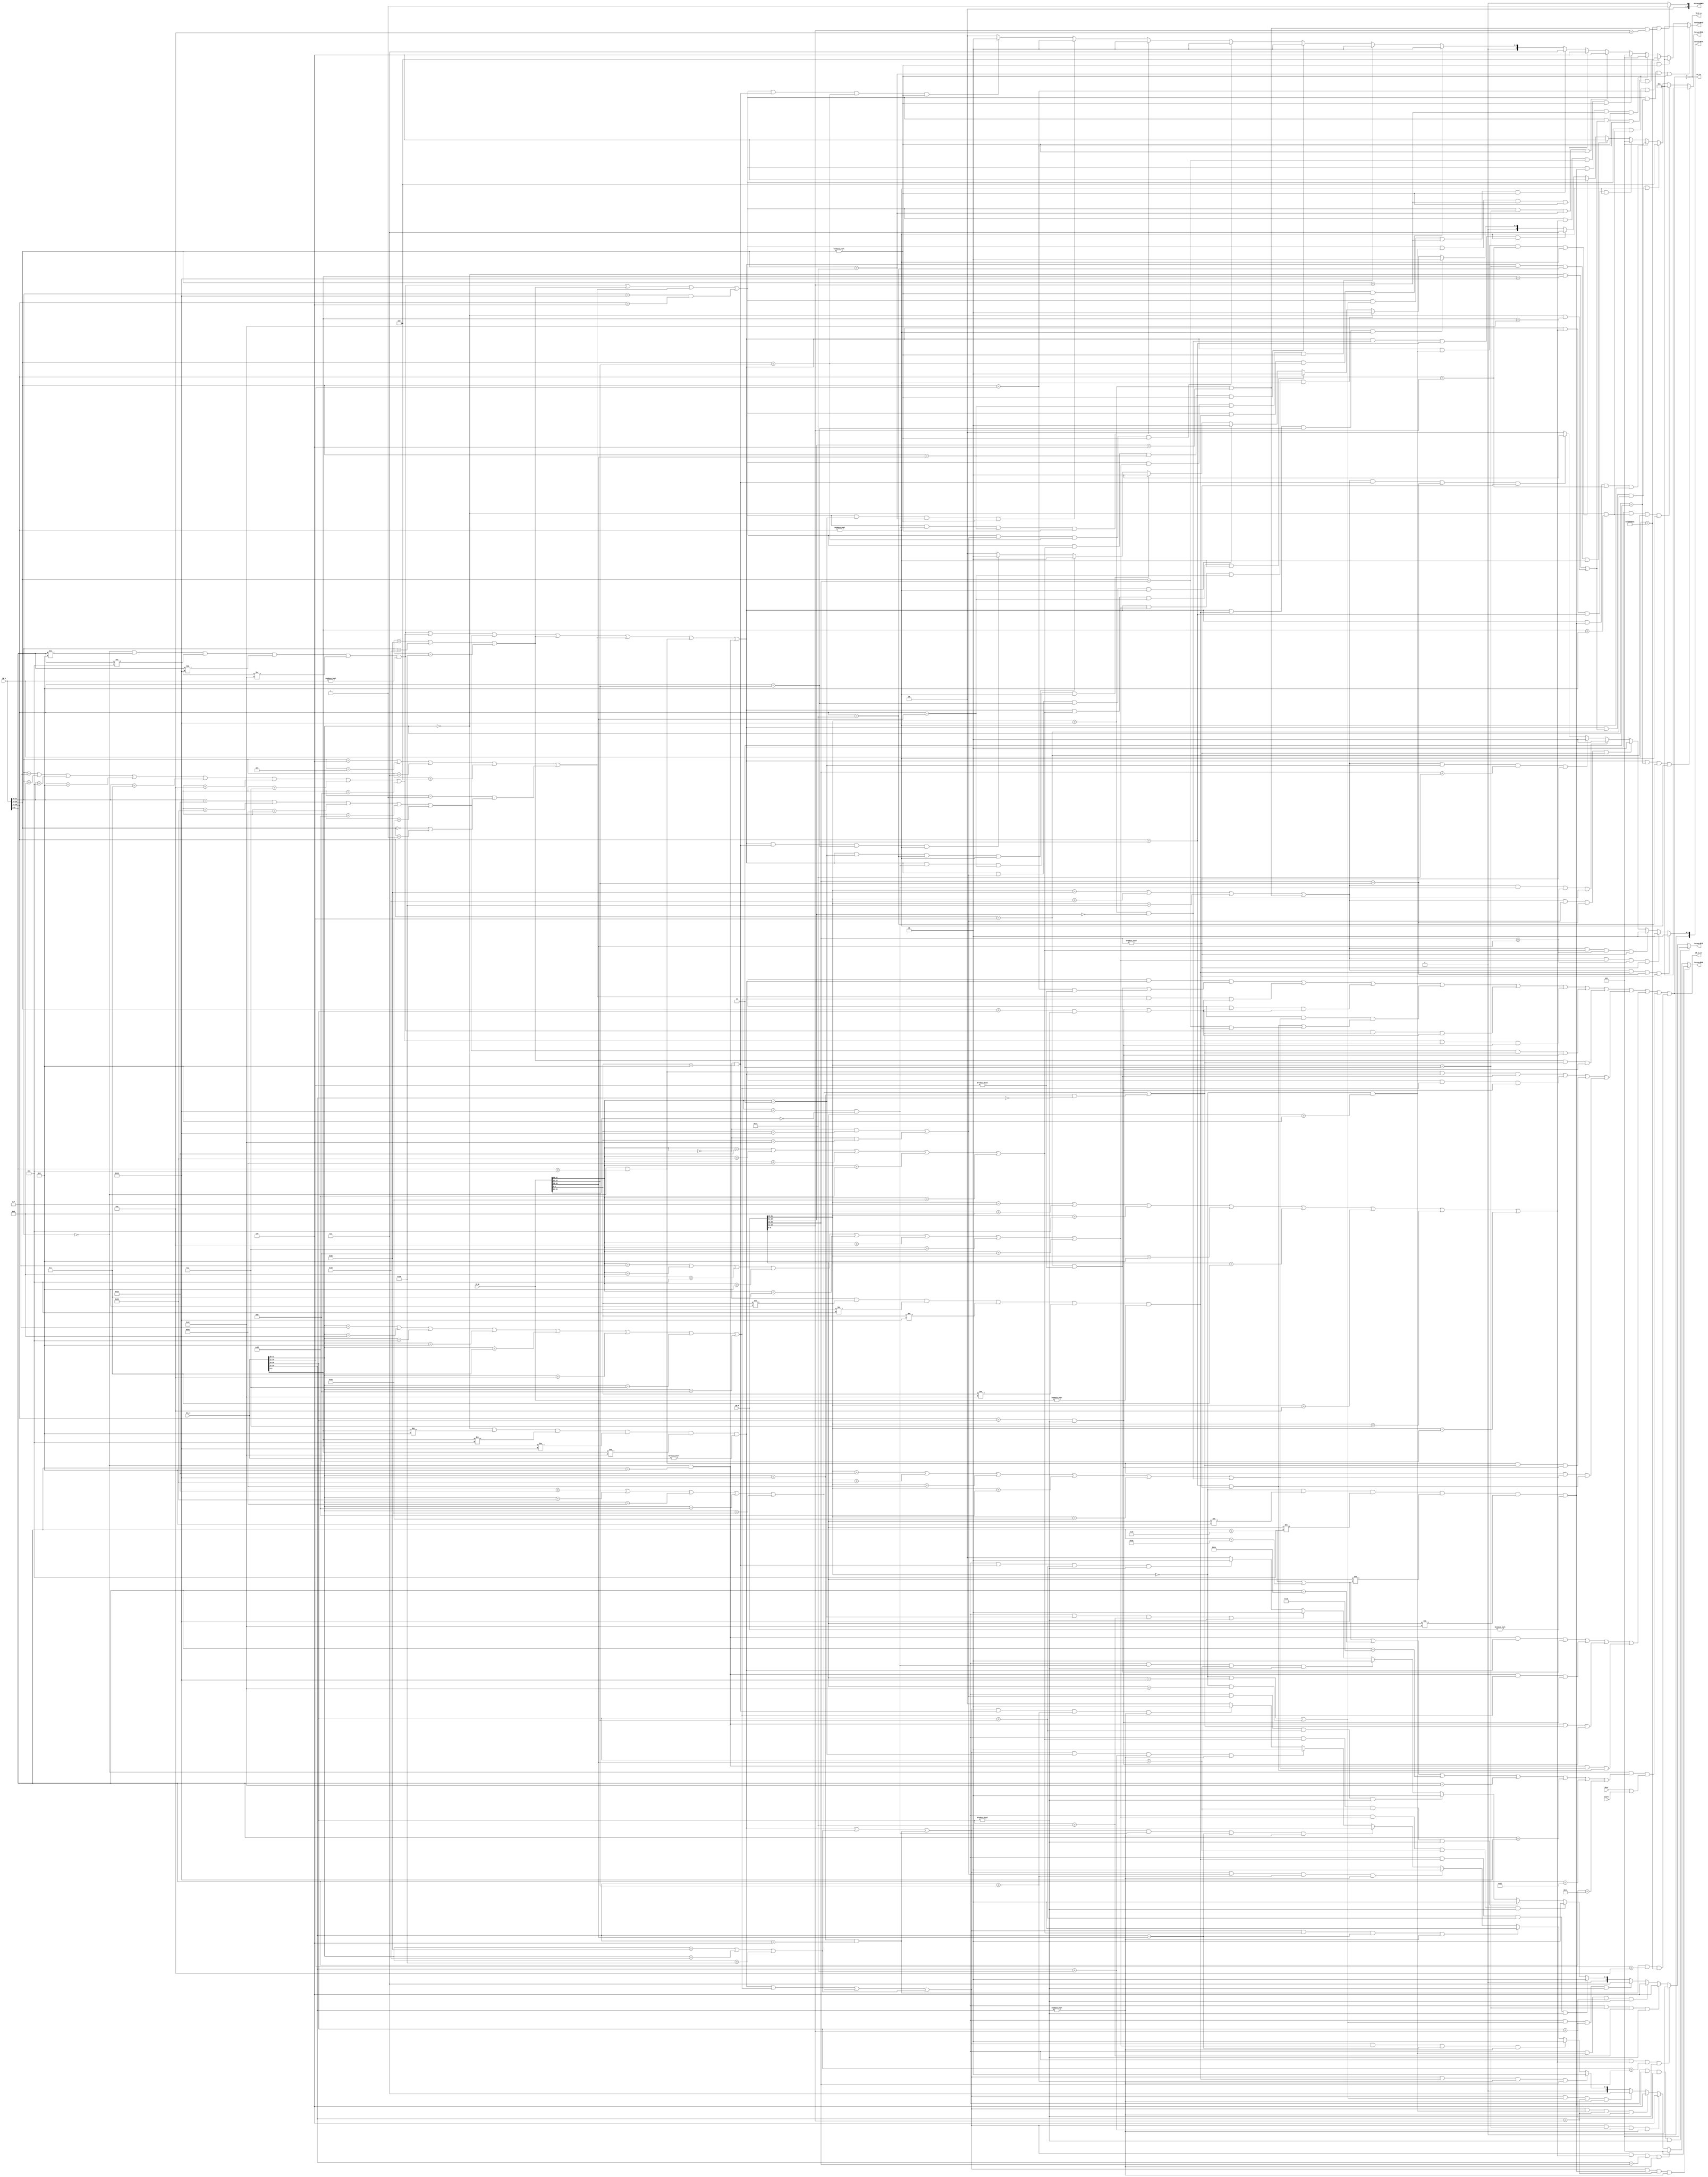
`timescale 1ns / 1ps
//////////////////////////////////////////////////////////////////////////////////
// Company: 
// Engineer: 
// 
// Design Name: 
// Module Name:    hazardUnit 
// Project Name: 
// Target Devices: 
// Tool versions: 
// Description: 
//
// Dependencies: 
//
// Revision: 
// Revision 0.01 - File Created
// Additional Comments: 
//
//////////////////////////////////////////////////////////////////////////////////
module hazardUnit(
	 input [31:0] IR_D,
	 input [31:0] IR_E,
	 input [31:0] IR_M,
	 input [31:0] IR_W,
	 input Busy,
	 input start,
	 output IR_D_en,
	 output IR_E_clr,
	 output PC_en,
	 output [2:0]ForwardRSD,	
	 output [2:0]ForwardRTD,
	 output [2:0]ForwardRSE,	
	 output [2:0]ForwardRTE,	
	 output [2:0]ForwardRTM,
	 output [2:0]ForwardERET
    );
	
	`define op 31:26
	`define rs 25:21
	`define rt 20:16
	`define rd 15:11
	`define shamt 10:6
	`define func 5:0
	`define imm16 15:0
	
	`define R 6'b000000
	`define lw 6'b100011
	`define lb 6'b100000
	`define lbu 6'b100100
	`define lh 6'b100001
	`define lhu 6'b100101
	`define sw 6'b101011
	`define sb 6'b101000
	`define sh 6'b101001
	`define lui 6'b001111
	`define ori 6'b001101
	`define andi 6'b001100
	`define xori 6'b001110
	`define addi 6'b001000
	`define addiu 6'b001001
	`define slti 6'b001010
	`define sltiu 6'b001011
	`define beq 6'b000100
	`define bne 6'b000101
	`define bgtz 6'b000111
	`define blez 6'b000110
	`define jal 6'b000011
	`define addu 6'b100001
	`define add 6'b100000 
	`define subu 6'b100011
	`define sub 6'b100010
	`define and_ 6'b100100
	`define or_ 6'b100101
	`define xor_ 6'b100110
	`define nor_ 6'b100111
	`define sll 6'b000000
	`define srl 6'b000010
	`define sra 6'b000011
	`define sllv 6'b000100
	`define srlv 6'b000110
	`define srav 6'b000111
	`define jr 6'b001000
	`define jalr 6'b001001
	`define mult 6'b011000
	`define multu 6'b011001
	`define div 6'b011010
	`define divu 6'b011011 
	`define mfhi 6'b010000
	`define mflo 6'b010010
	`define mthi 6'b010001
	`define mtlo 6'b010011
	`define slt	6'b101010
	`define sltu 6'b101011
	
	`define cal_r_D (IR_D[`op]==`R&&IR_D[`func]!=`jalr&&IR_D[`func]!=`jr&&IR_D[`func]!=`mfhi&&IR_D[`func]!=`mflo&&IR_D!=0)
	`define cal_r_E (IR_E[`op]==`R&&IR_E[`func]!=`jalr&&IR_E[`func]!=`jr&&IR_E[`func]!=`mfhi&&IR_E[`func]!=`mflo&&IR_E!=0)
	`define cal_r_M (IR_M[`op]==`R&&IR_M[`func]!=`jalr&&IR_M[`func]!=`jr&&IR_M[`func]!=`mfhi&&IR_M[`func]!=`mflo&&IR_M!=0)
	`define cal_r_W (IR_W[`op]==`R&&IR_W[`func]!=`jalr&&IR_W[`func]!=`jr&&IR_W[`func]!=`mfhi&&IR_W[`func]!=`mflo&&IR_W!=0)
	
	`define cal_i_D (IR_D[`op]==`lui||IR_D[`op]==`ori||IR_D[`op]==`addi||IR_D[`op]==`addiu||IR_D[`op]==`andi||IR_D[`op]==`xori||IR_D[`op]==`slti||IR_D[`op]==`sltiu)
	`define cal_i_E (IR_E[`op]==`lui||IR_E[`op]==`ori||IR_E[`op]==`addi||IR_E[`op]==`addiu||IR_E[`op]==`andi||IR_E[`op]==`xori||IR_E[`op]==`slti||IR_E[`op]==`sltiu)
	`define cal_i_M (IR_M[`op]==`lui||IR_M[`op]==`ori||IR_M[`op]==`addi||IR_M[`op]==`addiu||IR_M[`op]==`andi||IR_M[`op]==`xori||IR_M[`op]==`slti||IR_M[`op]==`sltiu)
	`define cal_i_W (IR_W[`op]==`lui||IR_W[`op]==`ori||IR_W[`op]==`addi||IR_W[`op]==`addiu||IR_W[`op]==`andi||IR_W[`op]==`xori||IR_W[`op]==`slti||IR_W[`op]==`sltiu)
	
	`define load_D (IR_D[`op]==`lw||IR_D[`op]==`lb||IR_D[`op]==`lbu||IR_D[`op]==`lh||IR_D[`op]==`lhu)
	`define load_E (IR_E[`op]==`lw||IR_E[`op]==`lb||IR_E[`op]==`lbu||IR_E[`op]==`lh||IR_E[`op]==`lhu)
	`define load_M (IR_M[`op]==`lw||IR_M[`op]==`lb||IR_M[`op]==`lbu||IR_M[`op]==`lh||IR_M[`op]==`lhu)
	`define load_W (IR_W[`op]==`lw||IR_W[`op]==`lb||IR_W[`op]==`lbu||IR_W[`op]==`lh||IR_W[`op]==`lhu)
	
	`define store_D (IR_D[`op]==`sw||IR_D[`op]==`sh||IR_D[`op]==`sb)
	`define store_E (IR_E[`op]==`sw||IR_E[`op]==`sh||IR_E[`op]==`sb)
	`define store_M (IR_M[`op]==`sw||IR_M[`op]==`sh||IR_M[`op]==`sb)
	`define store_W (IR_W[`op]==`sw||IR_W[`op]==`sh||IR_W[`op]==`sb)
	
	`define beq_D (IR_D[`op]==`beq||IR_D[`op]==`bne||IR_D[`op]==`bgtz||IR_D[`op]==`blez||(IR_D[`op]==6'b000001&&(IR_D[`rt]==5'b00000||IR_D[`rt]==5'b00001)))
	`define beq_E (IR_E[`op]==`beq||IR_E[`op]==`bne||IR_E[`op]==`bgtz||IR_E[`op]==`blez||(IR_E[`op]==6'b000001&&(IR_E[`rt]==5'b00000||IR_E[`rt]==5'b00001)))
	`define beq_M (IR_M[`op]==`beq||IR_M[`op]==`bne||IR_M[`op]==`bgtz||IR_M[`op]==`blez||(IR_M[`op]==6'b000001&&(IR_M[`rt]==5'b00000||IR_M[`rt]==5'b00001)))
	`define beq_W (IR_W[`op]==`beq||IR_W[`op]==`bne||IR_W[`op]==`bgtz||IR_W[`op]==`blez||(IR_W[`op]==6'b000001&&(IR_W[`rt]==5'b00000||IR_W[`rt]==5'b00001)))
	
	`define jal_D (IR_D[`op]==`jal)
	`define jal_E (IR_E[`op]==`jal)
	`define jal_M (IR_M[`op]==`jal)
	`define jal_W (IR_W[`op]==`jal)
	
	`define jalr_D (IR_D[`op]==`R&&IR_D[`func]==`jalr)
	`define jalr_E (IR_E[`op]==`R&&IR_E[`func]==`jalr)
	`define jalr_M (IR_M[`op]==`R&&IR_M[`func]==`jalr)
	`define jalr_W (IR_W[`op]==`R&&IR_W[`func]==`jalr)
	
	`define jr_D (IR_D[`op]==`R&&IR_D[`func]==`jr)
	`define jr_E (IR_E[`op]==`R&&IR_E[`func]==`jr)
	`define jr_M (IR_M[`op]==`R&&IR_M[`func]==`jr)
	`define jr_W (IR_W[`op]==`R&&IR_W[`func]==`jr)
	
	`define mfhi_D (IR_D[`op]==`R&&IR_D[`func]==`mfhi)
	`define mfhi_E (IR_E[`op]==`R&&IR_E[`func]==`mfhi)
	`define mfhi_M (IR_M[`op]==`R&&IR_M[`func]==`mfhi)
	`define mfhi_W (IR_W[`op]==`R&&IR_W[`func]==`mfhi)
	
	`define mflo_D (IR_D[`op]==`R&&IR_D[`func]==`mflo)
	`define mflo_E (IR_E[`op]==`R&&IR_E[`func]==`mflo)
	`define mflo_M (IR_M[`op]==`R&&IR_M[`func]==`mflo)
	`define mflo_W (IR_W[`op]==`R&&IR_W[`func]==`mflo)
	
	`define mf_D (`mfhi_D||`mflo_D)
	`define mf_E (`mfhi_E||`mflo_E)
	`define mf_M (`mfhi_M||`mflo_M)
	`define mf_W (`mfhi_W||`mflo_W)
	
	`define mfc0_D (IR_D[`op]==6'b010000&&IR_D[`rs]==5'b00000)
	`define mfc0_E (IR_E[`op]==6'b010000&&IR_E[`rs]==5'b00000)
	`define mfc0_M (IR_M[`op]==6'b010000&&IR_M[`rs]==5'b00000)
	`define mfc0_W (IR_W[`op]==6'b010000&&IR_W[`rs]==5'b00000)
	
	`define mtc0_D (IR_D[`op]==6'b010000&&IR_D[`rs]==5'b00100)
	`define mtc0_E (IR_E[`op]==6'b010000&&IR_E[`rs]==5'b00100)
	`define mtc0_M (IR_M[`op]==6'b010000&&IR_M[`rs]==5'b00100)
	`define mtc0_W (IR_W[`op]==6'b010000&&IR_W[`rs]==5'b00100)
	
	reg stall=0;
	wire stall_b,stall_cal_r,stall_cal_i,stall_load,stall_store,stall_jr,stall_jalr,stall_busy,stall_mfmt,stall_eret;
	
	assign stall_b = (`beq_D & `cal_r_E & (IR_D[`rs]==IR_E[`rd]&IR_E[`rd]!=0||IR_D[`rt]==IR_E[`rd]&IR_E[`rd]!=0))||
						  (`beq_D & `cal_i_E & (IR_D[`rs]==IR_E[`rt]&IR_E[`rt]!=0||IR_D[`rt]==IR_E[`rt]&IR_E[`rt]!=0))||
						  (`beq_D & (`load_E||`mfc0_E)  & (IR_D[`rs]==IR_E[`rt]&IR_E[`rt]!=0||IR_D[`rt]==IR_E[`rt]&IR_E[`rt]!=0))||
						  (`beq_D & (`load_M||`mfc0_M)  & (IR_D[`rs]==IR_M[`rt]&IR_M[`rt]!=0||IR_D[`rt]==IR_M[`rt]&IR_M[`rt]!=0));
	assign stall_cal_r = (`cal_r_D) && (`load_E||`mfc0_E) && (IR_D[`rs]==IR_E[`rt]&IR_E[`rt]!=0||IR_D[`rt]==IR_E[`rt]&IR_E[`rt]!=0);
	assign stall_cal_i = (`cal_i_D) && (`load_E||`mfc0_E) && (IR_D[`rs]==IR_E[`rt]&IR_E[`rt]!=0);
	assign stall_load =  (`load_D)  && (`load_E||`mfc0_E) && (IR_D[`rs]==IR_E[`rt]&IR_E[`rt]!=0);
	assign stall_store = (`store_D) && (`load_E||`mfc0_E) && (IR_D[`rs]==IR_E[`rt]&IR_E[`rt]!=0);
	assign stall_jr = (`jr_D & (`cal_r_E) & (IR_D[`rs]==IR_E[`rd]&IR_E[`rd]!=0))||
							(`jr_D & (`cal_i_E) & (IR_D[`rs]==IR_E[`rt]&IR_E[`rt]!=0))||
							(`jr_D & (`load_E||`mfc0_E)  & (IR_D[`rs]==IR_E[`rt]&IR_E[`rt]!=0))||
							(`jr_D & (`load_M||`mfc0_M)  & (IR_D[`rs]==IR_M[`rt]&IR_M[`rt]!=0));
	assign stall_jalr =  (`jalr_D & (`cal_r_E) & (IR_D[`rs]==IR_E[`rd]&IR_E[`rd]!=0))||
								(`jalr_D & (`cal_i_E) & (IR_D[`rs]==IR_E[`rt]&IR_E[`rt]!=0))||
								(`jalr_D & (`load_E||`mfc0_E)  & (IR_D[`rs]==IR_E[`rt]&IR_E[`rt]!=0))||
								(`jalr_D & (`load_M||`mfc0_M)  & (IR_D[`rs]==IR_M[`rt]&IR_M[`rt]!=0));
	assign stall_busy = (IR_D[`op]==`R&(IR_D[`func]==`mult||IR_D[`func]==`multu||IR_D[`func]==`div||IR_D[`func]==`divu||
	IR_D[`func]==`mflo||IR_D[`func]==`mfhi||IR_D[`func]==`mthi||IR_D[`func]==`mtlo)) & (Busy||start);
	//assign stall_mfmt = (IR_D[`op]==`R&(IR_D[`func]==`mult||IR_D[`func]==`multu||IR_D[`func]==`div||IR_D[`func]==`divu||
	//	IR_D[`func]==`mflo||IR_D[`func]==`mfhi||IR_D[`func]==`mthi||IR_D[`func]==`mtlo))
	//	&(IR_E[`op]==`R&(IR_E[`func]==`mult||IR_E[`func]==`multu||IR_E[`func]==`div||IR_E[`func]==`divu));
	assign stall_eret = (IR_E[`op]==6'b010000&&IR_E[`rs]==5'b00100&&IR_E[`rd]==14)&&IR_D==32'h42000018;
	always@(*) begin
		stall <= stall_b||stall_cal_r||stall_cal_i||stall_load||stall_store||stall_jr||stall_jalr||stall_busy||stall_eret;
	end
	
	assign IR_D_en = !stall;
	assign IR_E_clr = stall;
	assign PC_en = !stall;
	
	`define RSD (`cal_r_D||`cal_i_D||`load_D||`store_D||`beq_D||`jr_D||`jalr_D)
	`define RTD (`cal_r_D||`store_D||`beq_D||`mtc0_D)
	`define RSE (`cal_r_E||`cal_i_E||`load_E||`store_E)
	`define RTE (`cal_r_E||`store_E||`mtc0_E)
	`define RTM (`store_M||`mtc0_M)
	
	assign ForwardRSD = (`RSD & `jal_E   & IR_D[`rs]==31 & IR_D[`rs]!=0) ? 3 :
							  (`RSD & `jalr_E	 & IR_D[`rs]==IR_E[`rd] & IR_D[`rs]!=0) ? 3 :
							  (`RSD & `mf_E	 & IR_D[`rs]==IR_E[`rd] & IR_D[`rs]!=0) ? 6 :
							  (`RSD & `cal_r_M & IR_D[`rs]==IR_M[`rd] & IR_D[`rs]!=0) ? 1 :
							  (`RSD & `cal_i_M & IR_D[`rs]==IR_M[`rt] & IR_D[`rs]!=0) ? 1 :
							  (`RSD & `jal_M	 & IR_D[`rs]==31        & IR_D[`rs]!=0) ? 4 :
							  (`RSD & `jalr_M	 & IR_D[`rs]==IR_M[`rd] & IR_D[`rs]!=0) ? 4 :
							  //(`RSD & `mf_M	 & IR_D[`rs]==IR_M[`rd] & IR_D[`rs]!=0) ? 5 :
							  (`RSD & `mfc0_M	 & IR_D[`rs]==IR_M[`rt] & IR_D[`rs]!=0) ? 7 :
							  (`RSD & `cal_r_W & IR_D[`rs]==IR_W[`rd] & IR_D[`rs]!=0) ? 2 :
							  (`RSD & `cal_i_W & IR_D[`rs]==IR_W[`rt] & IR_D[`rs]!=0) ? 2 :
							  (`RSD & `load_W  & IR_D[`rs]==IR_W[`rt] & IR_D[`rs]!=0) ? 2 :
							  (`RSD & `mf_W    & IR_D[`rs]==IR_W[`rd] & IR_D[`rs]!=0) ? 2 :
							  (`RSD & `mfc0_W  & IR_D[`rs]==IR_W[`rt] & IR_D[`rs]!=0) ? 2 :
							  (`RSD & `jal_W	 & IR_D[`rs]==31        & IR_D[`rs]!=0) ? 2 :
							  (`RSD & `jalr_W  & IR_D[`rs]==IR_W[`rd] & IR_D[`rs]!=0) ? 2 : 0 ;
							  
	assign ForwardRTD = (`RTD & `jal_E	 & IR_D[`rt]==31 & IR_D[`rt]!=0) ? 3 :
							  (`RTD & `jalr_E	 & IR_D[`rt]==IR_E[`rd] & IR_D[`rt]!=0) ? 3 :
							  (`RTD & `mf_E	 & IR_D[`rt]==IR_E[`rd] & IR_D[`rt]!=0) ? 6 :
							  (`RTD & `cal_r_M & IR_D[`rt]==IR_M[`rd] & IR_D[`rt]!=0) ? 1 :
							  (`RTD & `cal_i_M & IR_D[`rt]==IR_M[`rt] & IR_D[`rt]!=0) ? 1 :
							  (`RTD & `jal_M	 & IR_D[`rt]==31        & IR_D[`rt]!=0) ? 4 :
							  (`RTD & `jalr_M	 & IR_D[`rt]==IR_M[`rd] & IR_D[`rt]!=0) ? 4 :
							  (`RTD & `mf_M	 & IR_D[`rt]==IR_M[`rd] & IR_D[`rt]!=0) ? 7 :
							  //(`RTD & `mfc0_M	 & IR_D[`rt]==IR_M[`rt] & IR_D[`rt]!=0) ? 5 :
							  (`RTD & `cal_r_W & IR_D[`rt]==IR_W[`rd] & IR_D[`rt]!=0) ? 2 :
							  (`RTD & `cal_i_W & IR_D[`rt]==IR_W[`rt] & IR_D[`rt]!=0) ? 2 :
							  (`RTD & `load_W  & IR_D[`rt]==IR_W[`rt] & IR_D[`rt]!=0) ? 2 :
							  (`RTD & `mf_W    & IR_D[`rt]==IR_W[`rd] & IR_D[`rt]!=0) ? 2 :
							  (`RTD & `mfc0_W  & IR_D[`rt]==IR_W[`rt] & IR_D[`rt]!=0) ? 2 :
							  (`RTD & `jal_W	 & IR_D[`rt]==31        & IR_D[`rt]!=0) ? 2 :
							  (`RTD & `jalr_W	 & IR_D[`rt]==IR_W[`rd] & IR_D[`rt]!=0) ? 2 : 0; 
							  
	assign ForwardRSE	= (`RSE & `cal_r_M & (IR_E[`rs]==IR_M[`rd]) & IR_E[`rs]!=0) ? 1 :
							  (`RSE & `cal_i_M & (IR_E[`rs]==IR_M[`rt]) & IR_E[`rs]!=0) ? 1 :
							  (`RSE & `jal_M   & (IR_E[`rs]==31)        & IR_E[`rs]!=0) ? 4 :
							  (`RSE & `jalr_M  & (IR_E[`rs]==IR_M[`rd]) & IR_E[`rs]!=0) ? 4 :
							  (`RSE & `mf_M    & (IR_E[`rs]==IR_M[`rd]) & IR_E[`rs]!=0) ? 7 :
							  //(`RSE & `mfc0_M  & (IR_E[`rs]==IR_M[`rt]) & IR_E[`rs]!=0) ? 5 :
							  (`RSE & `cal_r_W & (IR_E[`rs]==IR_W[`rd]) & IR_E[`rs]!=0) ? 2 :
							  (`RSE & `cal_i_W & (IR_E[`rs]==IR_W[`rt]) & IR_E[`rs]!=0) ? 2 :
							  (`RSE & `load_W  & (IR_E[`rs]==IR_W[`rt]) & IR_E[`rs]!=0) ? 2 :
							  (`RSE & `mf_W    & (IR_E[`rs]==IR_W[`rd]) & IR_E[`rs]!=0) ? 2 :
							  (`RSE & `mfc0_W  & (IR_E[`rs]==IR_W[`rt]) & IR_E[`rs]!=0) ? 2 :
							  (`RSE & `jal_W   & (IR_E[`rs]==31)        & IR_E[`rs]!=0) ? 2 :
							  (`RSE & `jalr_W  & (IR_E[`rs]==IR_W[`rd]) & IR_E[`rs]!=0) ? 2 : 0;
							  
	assign ForwardRTE	= (`RTE & `cal_r_M & (IR_E[`rt]==IR_M[`rd]) & IR_E[`rt]!=0) ? 1 :
							  (`RTE & `cal_i_M & (IR_E[`rt]==IR_M[`rt]) & IR_E[`rt]!=0) ? 1 :
							  (`RTE & `jal_M   & (IR_E[`rt]==31)        & IR_E[`rt]!=0) ? 4 :
							  (`RTE & `jalr_M  & (IR_E[`rt]==IR_M[`rd]) & IR_E[`rt]!=0) ? 4 :
							  (`RTE & `mf_M    & (IR_E[`rt]==IR_M[`rd]) & IR_E[`rt]!=0) ? 7 :
							  //(`RTE & `mfc0_M  & (IR_E[`rt]==IR_M[`rt]) & IR_E[`rt]!=0) ? 5 :
							  (`RTE & `cal_r_W & (IR_E[`rt]==IR_W[`rd]) & IR_E[`rt]!=0) ? 2 :
							  (`RTE & `cal_i_W & (IR_E[`rt]==IR_W[`rt]) & IR_E[`rt]!=0) ? 2 :
							  (`RTE & `load_W  & (IR_E[`rt]==IR_W[`rt]) & IR_E[`rt]!=0) ? 2 :
							  (`RTE & `mf_W    & (IR_E[`rt]==IR_W[`rd]) & IR_E[`rt]!=0) ? 2 :
							  (`RTE & `mfc0_W  & (IR_E[`rt]==IR_W[`rt]) & IR_E[`rt]!=0) ? 2 :
							  (`RTE & `jal_W   & (IR_E[`rt]==31)        & IR_E[`rt]!=0) ? 2 :
							  (`RTE & `jalr_W  & (IR_E[`rt]==IR_W[`rd]) & IR_E[`rt]!=0) ? 2 : 0;
							  
	assign ForwardRTM	= (`RTM & `cal_r_W & (IR_M[`rt]==IR_W[`rd]) & IR_M[`rt]!=0) ? 2 :
							  (`RTM & `cal_i_W & (IR_M[`rt]==IR_W[`rt]) & IR_M[`rt]!=0) ? 2 :
							  (`RTM & `load_W  & (IR_M[`rt]==IR_W[`rt]) & IR_M[`rt]!=0) ? 2 :
							  (`RTM & `mf_W    & (IR_M[`rt]==IR_W[`rd]) & IR_M[`rt]!=0) ? 2 :
							  (`RTM & `mfc0_W  & (IR_M[`rt]==IR_W[`rt]) & IR_M[`rt]!=0) ? 2 :
							  (`RTM & `jal_W   & (IR_M[`rt]==31)        & IR_M[`rt]!=0) ? 2 :
							  (`RTM & `jalr_W  & (IR_M[`rt]==IR_W[`rd]) & IR_M[`rt]!=0) ? 2 : 0;
							  
	assign ForwardERET = ((IR_D==32'h42000018)&&(IR_M[`op]==6'b010000&&IR_M[`rs]==5'b00100&&IR_M[`rd]==14)) ? 1 : 0;
endmodule